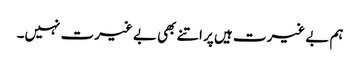
ہم بے غیرت ہیں پر اتنے بھی بے غیرت نہیں۔